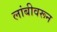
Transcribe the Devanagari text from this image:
लांबीवरून